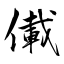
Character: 儎